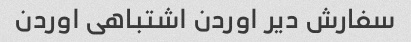
سفارش دیر اوردن اشتباهی اوردن